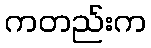
ကတည်းက